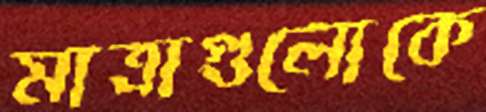
মাত্রাগুলোকে